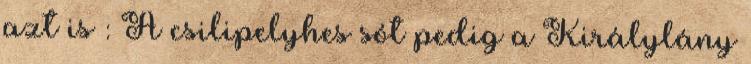
azt is : A csilipelyhes sót pedig a Királylány